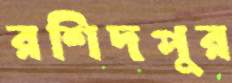
রশিদপুর